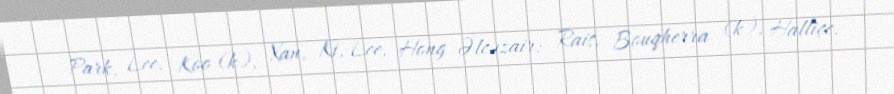
Park, Lee, Koo (k), Xan, Ki, Lee, Hong Əlcəzair: Rais, Bouqherra (k), Halliçe,